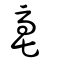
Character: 亳